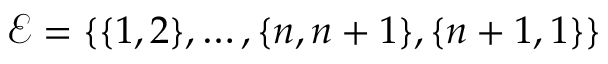
\mathcal { E } = \{ \{ 1 , 2 \} , \dots , \{ n , n + 1 \} , \{ n + 1 , 1 \} \}